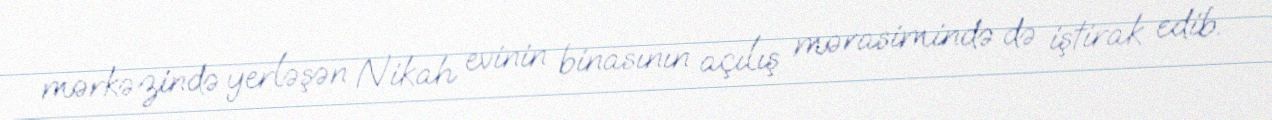
mərkəzində yerləşən Nikah evinin binasının açılış mərasimində də iştirak edib.